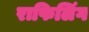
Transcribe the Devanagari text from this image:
राफिलिंग